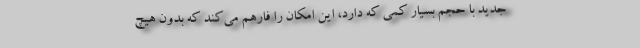
جدید با حجم بسیار کمی که دارد، این امکان را فارهم می‌کند که بدون هیچ